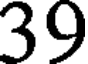
39